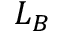
L _ { B }